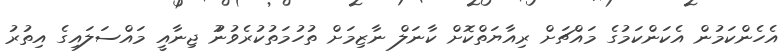
އެހެންކަމުން އެކަންކަމުގެ މައްޗަށް ރިއާޔަތްކޮށް ކާނަލް ނާޒިމަށް ތުހުމަތުކުރެވުނުު ޖިނާއީ މައްސަލައިގެ އިތުރު